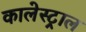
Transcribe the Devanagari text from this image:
कालेस्ट्राल